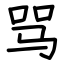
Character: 骂